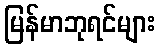
မြန်မာဘုရင်များ